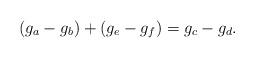
LaTeX: \begin{align*}(g_a-g_b)+(g_e-g_f)=g_c-g_d.\end{align*}